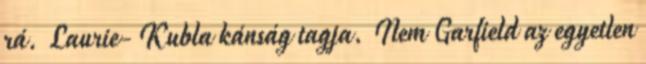
rá. Laurie- Kubla kánság tagja. Nem Garfield az egyetlen